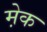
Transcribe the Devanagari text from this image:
मे़क